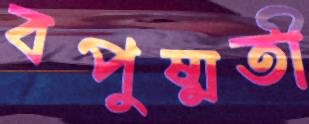
বপুষ্মতী